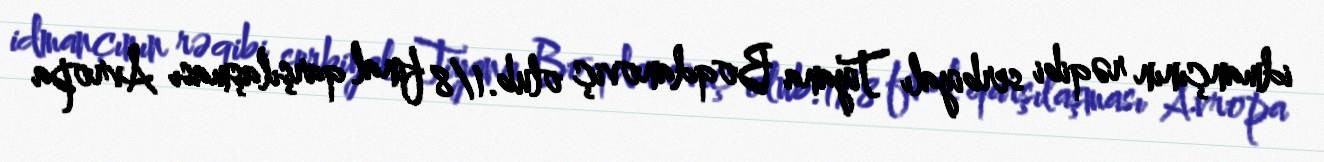
idmançının rəqibi serbiyalı Tiyana Boqdanoviç olub.1/8 final qarşılaşması Avropa